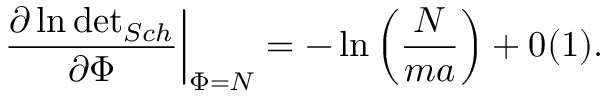
\left. \frac { \partial \ln \mathrm { d e t } _ { { S c h } } } { \partial \Phi } \right| _ { \Phi = N } = - \ln \left( \displaystyle \frac { N } { m a } \right) + 0 ( 1 ) .